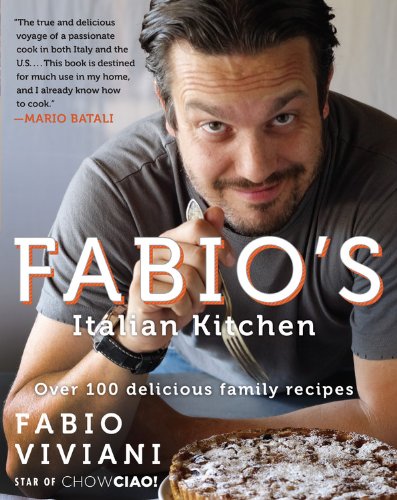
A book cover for Fabio's Italian Kitchen; Fabio Viviani; Cookbooks, Food & Wine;